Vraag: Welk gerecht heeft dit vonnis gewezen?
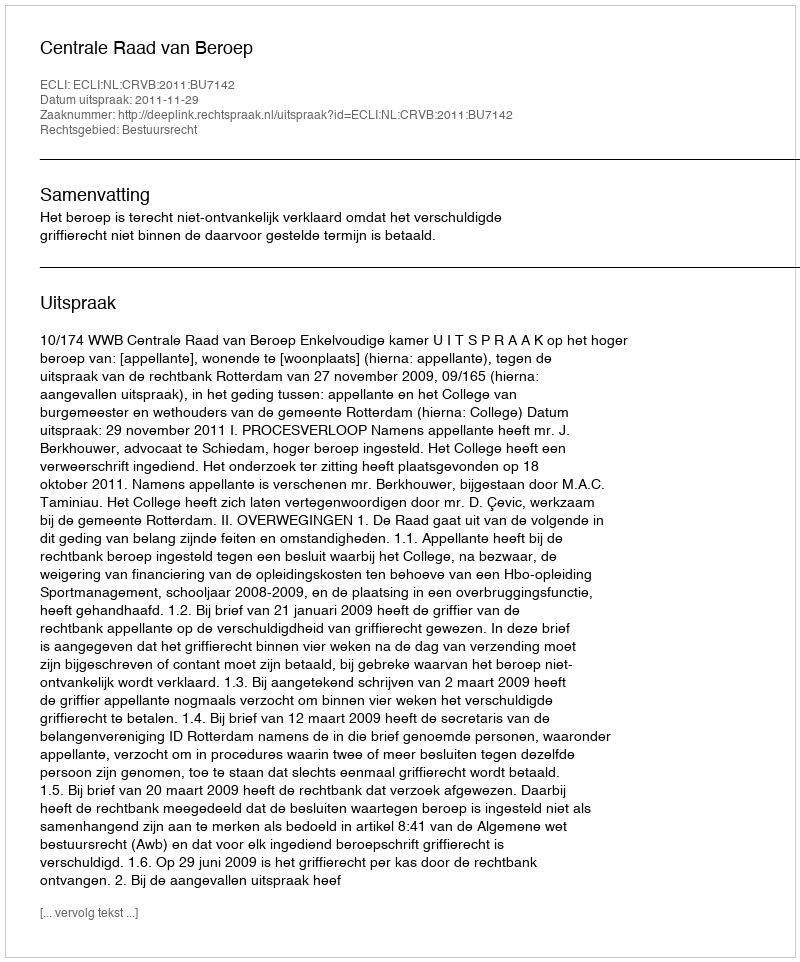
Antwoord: Centrale Raad van Beroep